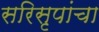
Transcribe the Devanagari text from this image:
सरिसृपांचा